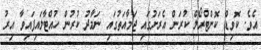
އެވެ. ކޮވިޑް ކޮންޓްރޯލް ކުރަން އެރަށުގައި ޖަމާއަތުގައި ނަމާދު ކުރުން ހުއްޓާލައިފައިވާ އިރު